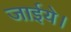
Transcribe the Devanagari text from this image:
जाईये।